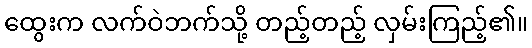
ထွေးက လက်ဝဲဘက်သို့ တည့်တည့် လှမ်းကြည့်၏။